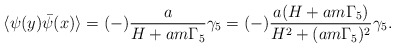
\begin{align*}\langle\psi(y)\bar{\psi}(x)\rangle=(-)\frac{a}{H+am\Gamma_{5}}\gamma_{5}=(-)\frac{a(H+am\Gamma_{5})}{H^{2}+(am\Gamma_{5})^{2}}\gamma_{5}.\end{align*}